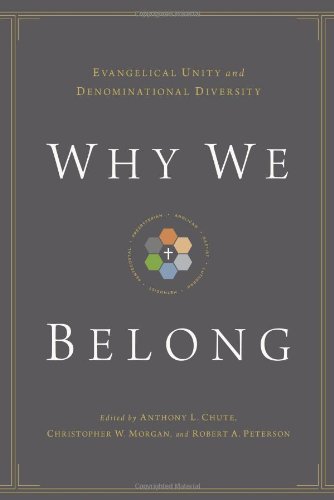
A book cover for Why We Belong: Evangelical Unity and Denominational Diversity; Christian Books & Bibles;